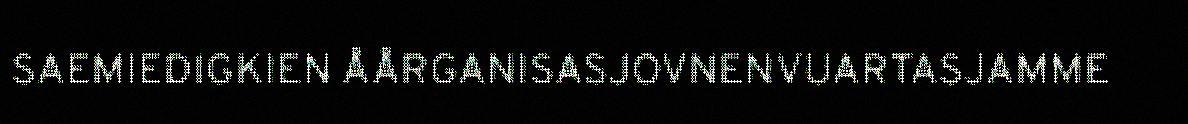
SAEMIEDIGKIEN ÅÅRGANISASJOVNENVUARTASJAMME